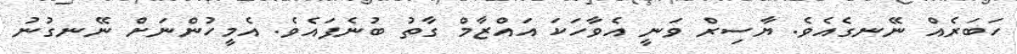
ހަބަރެއް ނޭނގެއެވެ. ޔާސިރް ވަނީ އެވާހަކަ އައްޒާމް ގާތު ބުނެފައެވެ. އެމީހުންނަށް ނޭނގުނު